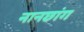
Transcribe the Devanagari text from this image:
नानछांग